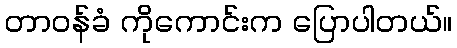
တာဝန်ခံ ကိုကောင်းက ပြောပါတယ်။